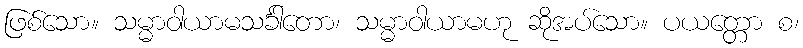
ဖြစ်သော။ သမ္မာဝါယာမသင်္ခါတော၊ သမ္မာဝါယာမဟု ဆိုအပ်သော။ ပယတ္တော စ၊